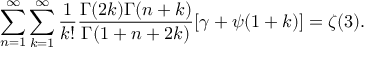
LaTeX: \sum _ { n = 1 } ^ { \infty } \sum _ { k = 1 } ^ { \infty } \frac { 1 } { k ! } \frac { \Gamma ( 2 k ) \Gamma ( n + k ) } { \Gamma ( 1 + n + 2 k ) } [ \gamma + \psi ( 1 + k ) ] = \zeta ( 3 ) .